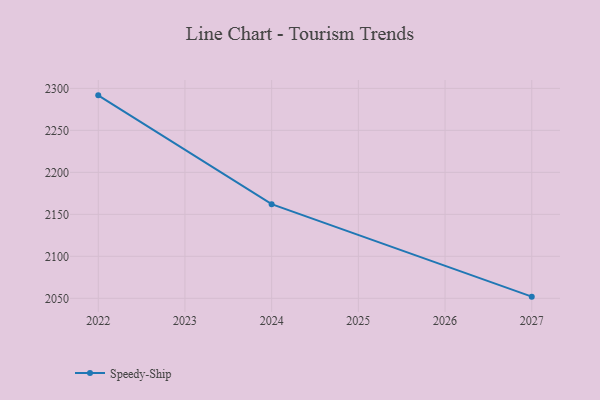
{"axis": {"x": "Year", "y": "Backlog"}, "legend": ["Speedy-Ship"], "data": [{"x": "2022", "y": 2291.7, "type": "Speedy-Ship"}, {"x": "2024", "y": 2162.1, "type": "Speedy-Ship"}, {"x": "2027", "y": 2052.0, "type": "Speedy-Ship"}]}